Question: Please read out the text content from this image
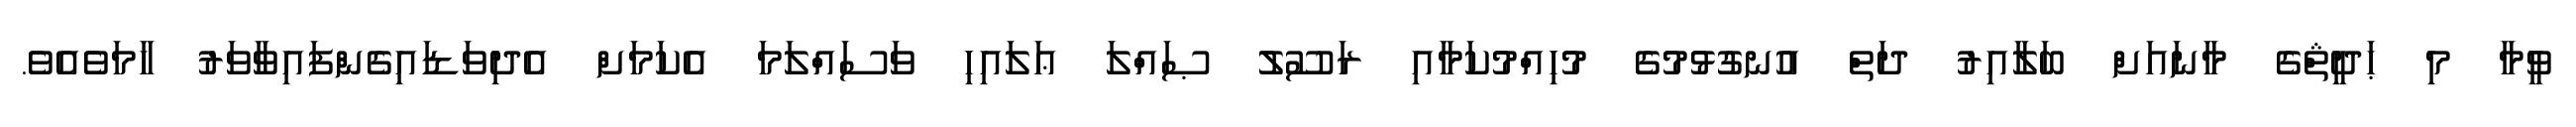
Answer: ވީމާ މި ޙަދީޘްގެ މާނައަށް ބަލާއިރު ދަތް އުނގުޅުމުގެ މުހިއްމުކަމާއި ރަސޫލު ޞައްލަ ޢަލައިހި ވަސައްލަމަ އެކަމަށް އެދިވަޑައިގެންފައިވާވަރު ހާމަވެއެވެ.